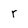
Character: r